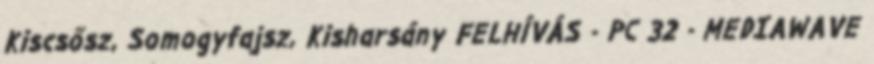
Kiscsősz, Somogyfajsz, Kisharsány FELHÍVÁS - PC 32 - MEDIAWAVE